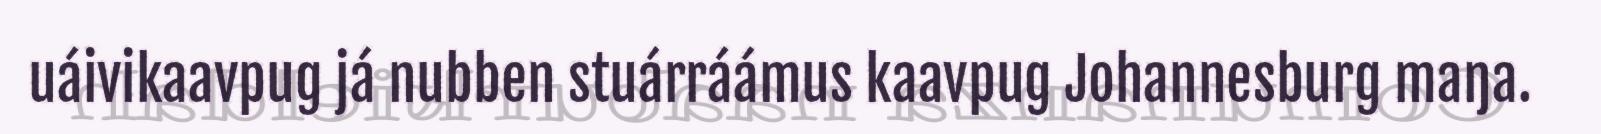
uáivikaavpug já nubben stuárráámus kaavpug Johannesburg maŋa.